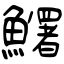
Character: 鱰